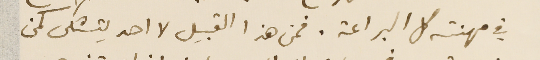
في مهنته كل البراعة. فمن هذا القبيل لا احد يتشكى كمن